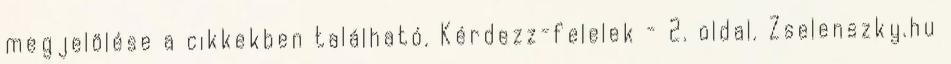
megjelölése a cikkekben található. Kérdezz-felelek - 2. oldal. Zselenszky.hu